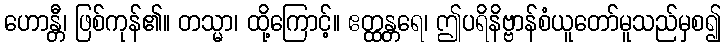
ဟောန္တီ၊ ဖြစ်ကုန်၏။ တသ္မာ၊ ထို့ကြောင့်။ ဧတ္ထန္တရေ၊ ဤပရိနိဗ္ဗာန်စံယူတော်မူသည်မှစ၍